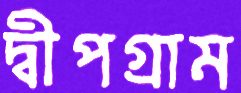
দ্বীপগ্রাম